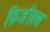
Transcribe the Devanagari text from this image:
फिजीक्स